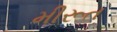
મીરૂત